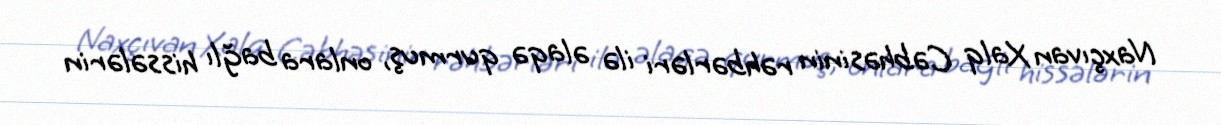
Naxçıvan Xalq Cəbhəsinin rəhbərləri ilə əlaqə qurmuş, onlara bağlı hissələrin